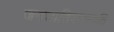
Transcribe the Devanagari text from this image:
जनजातिवनस्पति